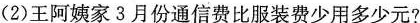
(2)王阿姨家3月份通信费比服装费少用多少元?